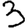
Digit: 3